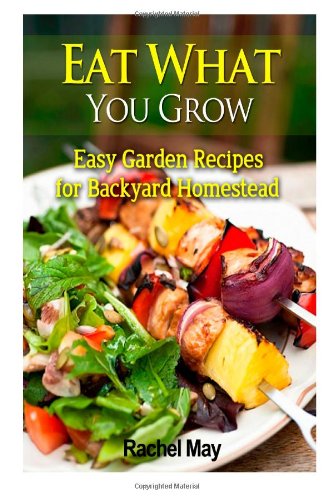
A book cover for Eat What You Grow: Easy Garden Recipes for Backyard Homestead; Rachel May; Cookbooks, Food & Wine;